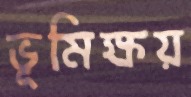
ভূমিক্ষয়